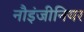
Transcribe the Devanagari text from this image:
नौइंजीनियर